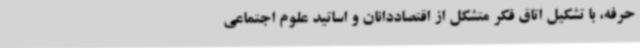
حرفه، با تشکیل اتاق فکر متشکل از اقتصاددانان و اساتید علوم اجتماعی